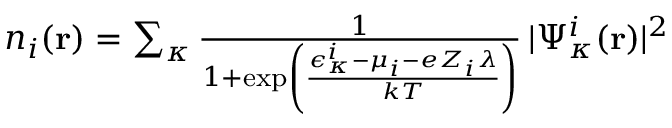
\begin{array} { r } { n _ { i } ( \mathbf { r } ) = \sum _ { \kappa } \frac { 1 } { 1 + \exp \left( \frac { \epsilon _ { \kappa } ^ { i } - \mu _ { i } - e Z _ { i } \lambda } { k T } \right) } \, | \Psi _ { \kappa } ^ { i } ( \mathbf { r } ) | ^ { 2 } } \end{array}